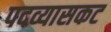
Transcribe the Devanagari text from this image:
पदव्यासकट